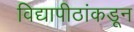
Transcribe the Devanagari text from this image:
विद्यापीठांकडून